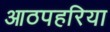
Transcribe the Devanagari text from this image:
आठपहरिया